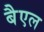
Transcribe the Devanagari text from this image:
बैएल